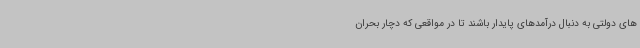
های دولتی به دنبال درآمدهای پایدار باشند تا در مواقعی که دچار بحران